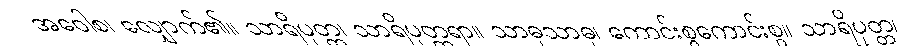
အဝေါစ၊ လျှောက်၏။ သာရိပုတ္တ၊ သာရိပုတ္တရာ။ သာဓုသာဓု၊ ကောင်းစွကောင်းစွ။ သာရိပုတ္တ၊